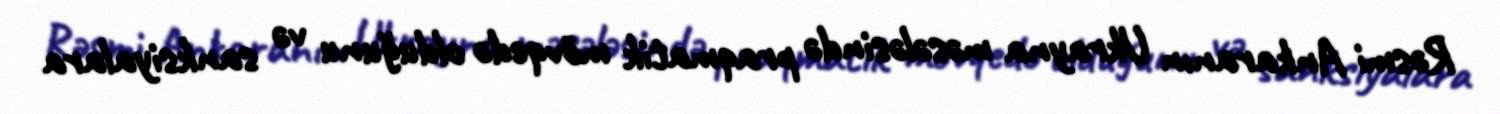
Rəsmi Ankaranın Ukrayna məsələsində praqmatik mövqedə olduğunu və sanksiyalara